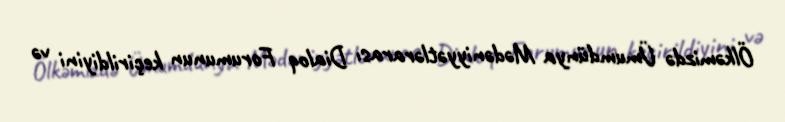
Ölkəmizdə Ümumdünya Mədəniyyətlərarası Dialoq Forumunun keçirildiyini və